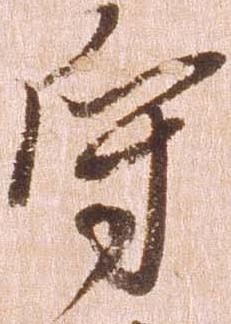
守